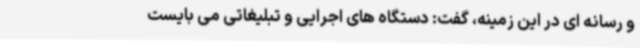
و رسانه ای در این زمینه، گفت: دستگاه های اجرایی و تبلیغاتی می بایست